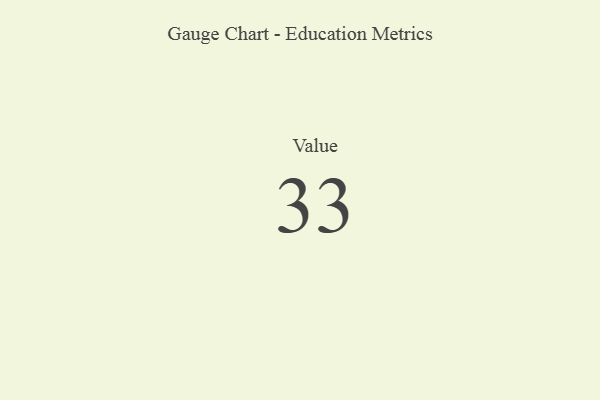
{"axis": {"x": "Metric", "y": "Value"}, "legend": [""], "data": [{"x": "Value", "y": 33, "type": ""}]}